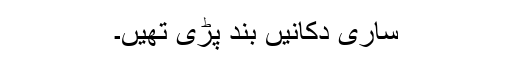
ساری دکانیں بند پڑی تھیں۔